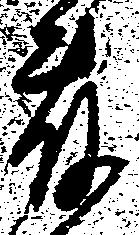
藤